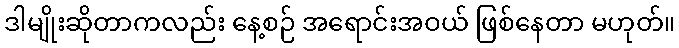
ဒါမျိုးဆိုတာကလည်း နေ့စဉ် အရောင်းအဝယ် ဖြစ်နေတာ မဟုတ်။